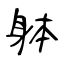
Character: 躰